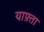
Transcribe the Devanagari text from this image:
याफ़्ता